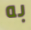
به